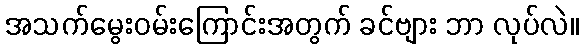
အသက်မွေးဝမ်းကြောင်းအတွက် ခင်ဗျား ဘာ လုပ်လဲ။